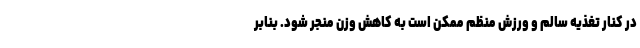
در کنار تغذیه سالم و ورزش منظم ممکن است به کاهش وزن منجر شود. بنابر